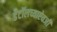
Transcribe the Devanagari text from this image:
डेटॉलच्याऐवजी